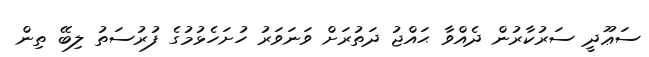
ސަޢޫދީ ސަރުކާރުން ދެއްވާ ޙައްޖު ދަތުރަށް ވަނަވަރު ހުށަހެޅުމުގެ ފުރުސަތު ލިބޭ ތިން